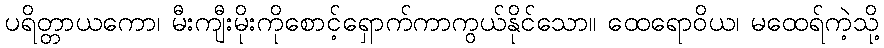
ပရိတ္တာယကော၊ မီးကျီးမိုးကိုစောင့်ရှောက်ကာကွယ်နိုင်သော။ ထေရောဝိယ၊ မထေရ်ကဲ့သို့